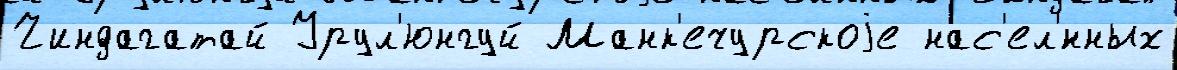
Чиндагатай Урул'юнгуй Манк'ечурскоjе нас'ел'́нных